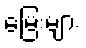
မြေးများ